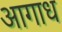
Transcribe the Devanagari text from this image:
आगाध